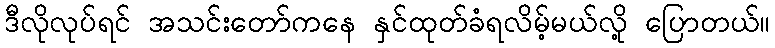
ဒီလိုလုပ်ရင် အသင်းတော်ကနေ နှင်ထုတ်ခံရလိမ့်မယ်လို့ ပြောတယ်။